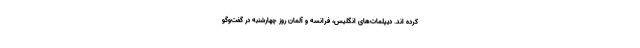
کرده اند. دیپلمات‌های انگلیس، فرانسه و آلمان روز چهارشنبه در گفت‌وگو